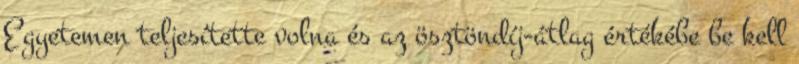
Egyetemen teljesítette volna és az ösztöndíj-átlag értékébe be kell